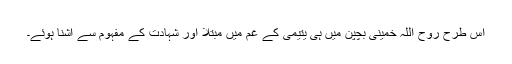
اس طرح روح اللہ خمینی بچپن میں ہی یتیمی کے غم میں مبتلا اور شہادت کے مفہوم سے آشنا ہوئے۔